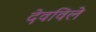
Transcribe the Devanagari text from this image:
देवविले